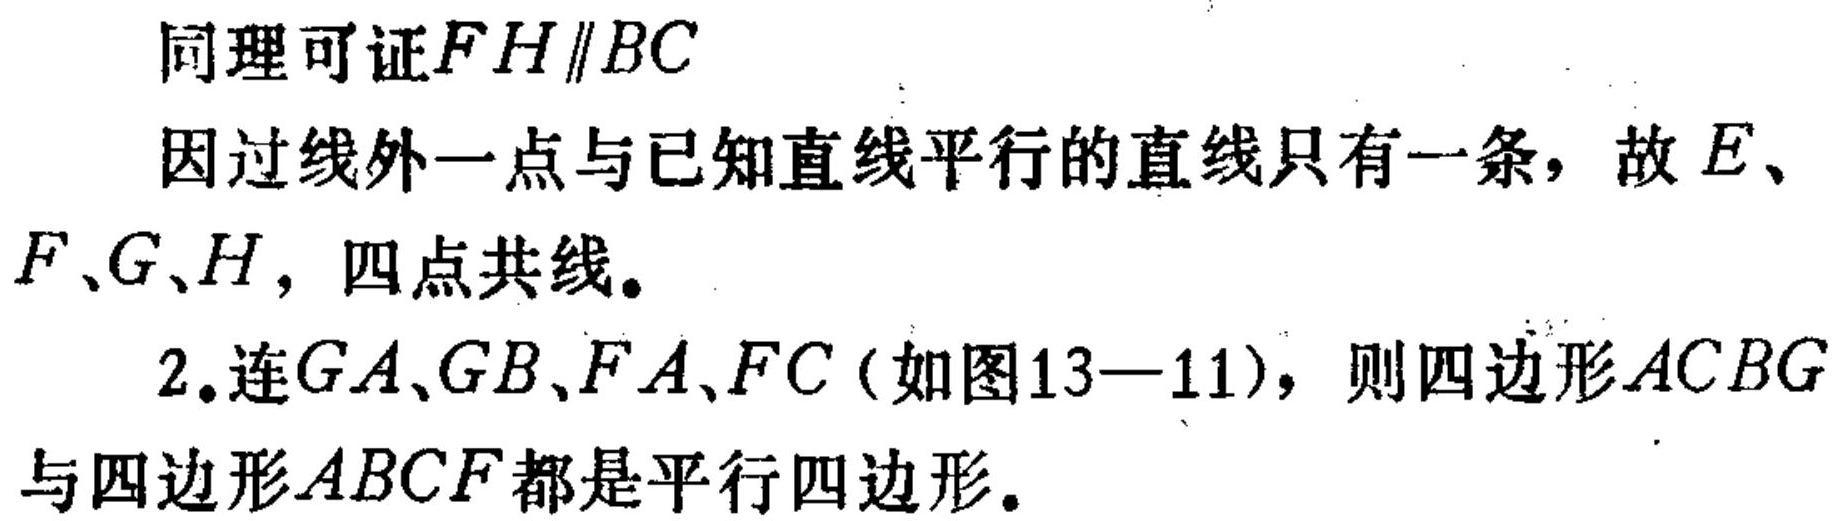
同理可证\(FH\parallel BC\)
因过线外一点与已知直线平行的直线只有一条，故\(E\)、\(F\)、\(G\)、\(H\)，四点共线。
2.连\(GA\)、\(GB\)、\(FA\)、\(FC\)（如图13—11），则四边形\(ACBG\)与四边形\(ABCF\)都是平行四边形。